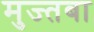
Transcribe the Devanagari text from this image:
मुज्तबा